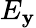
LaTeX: E_{\mathbf{y}}